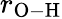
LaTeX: r_{\mathrm{O-H}}